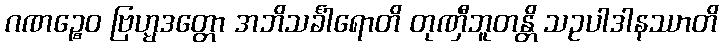
ဂဏဉ္စေဝ ဗြဟ္မဒတ္တော အဘိသင်္ခါရောတိ တုဏှီဘူတန္တိ သဥပါဒါနဿာတိ